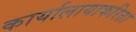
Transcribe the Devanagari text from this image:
कार्यालायाकरिता